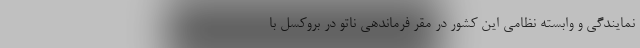
نمایندگی و وابسته نظامی این کشور در مقر فرماندهی ناتو در بروکسل با